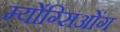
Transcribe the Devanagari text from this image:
म्योंग्सिओंग